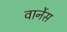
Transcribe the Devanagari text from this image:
वार्नेस